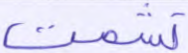
تشمت